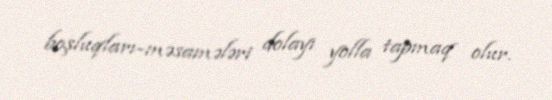
boşluqları-məsamələri dolayı yolla tapmaq olur.